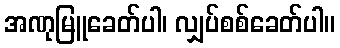
အဏုမြူခေတ်ပါ၊ လျှပ်စစ်ခေတ်ပါ။